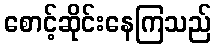
စောင့်ဆိုင်းနေကြသည်